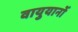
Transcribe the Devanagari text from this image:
वायुयानोँ